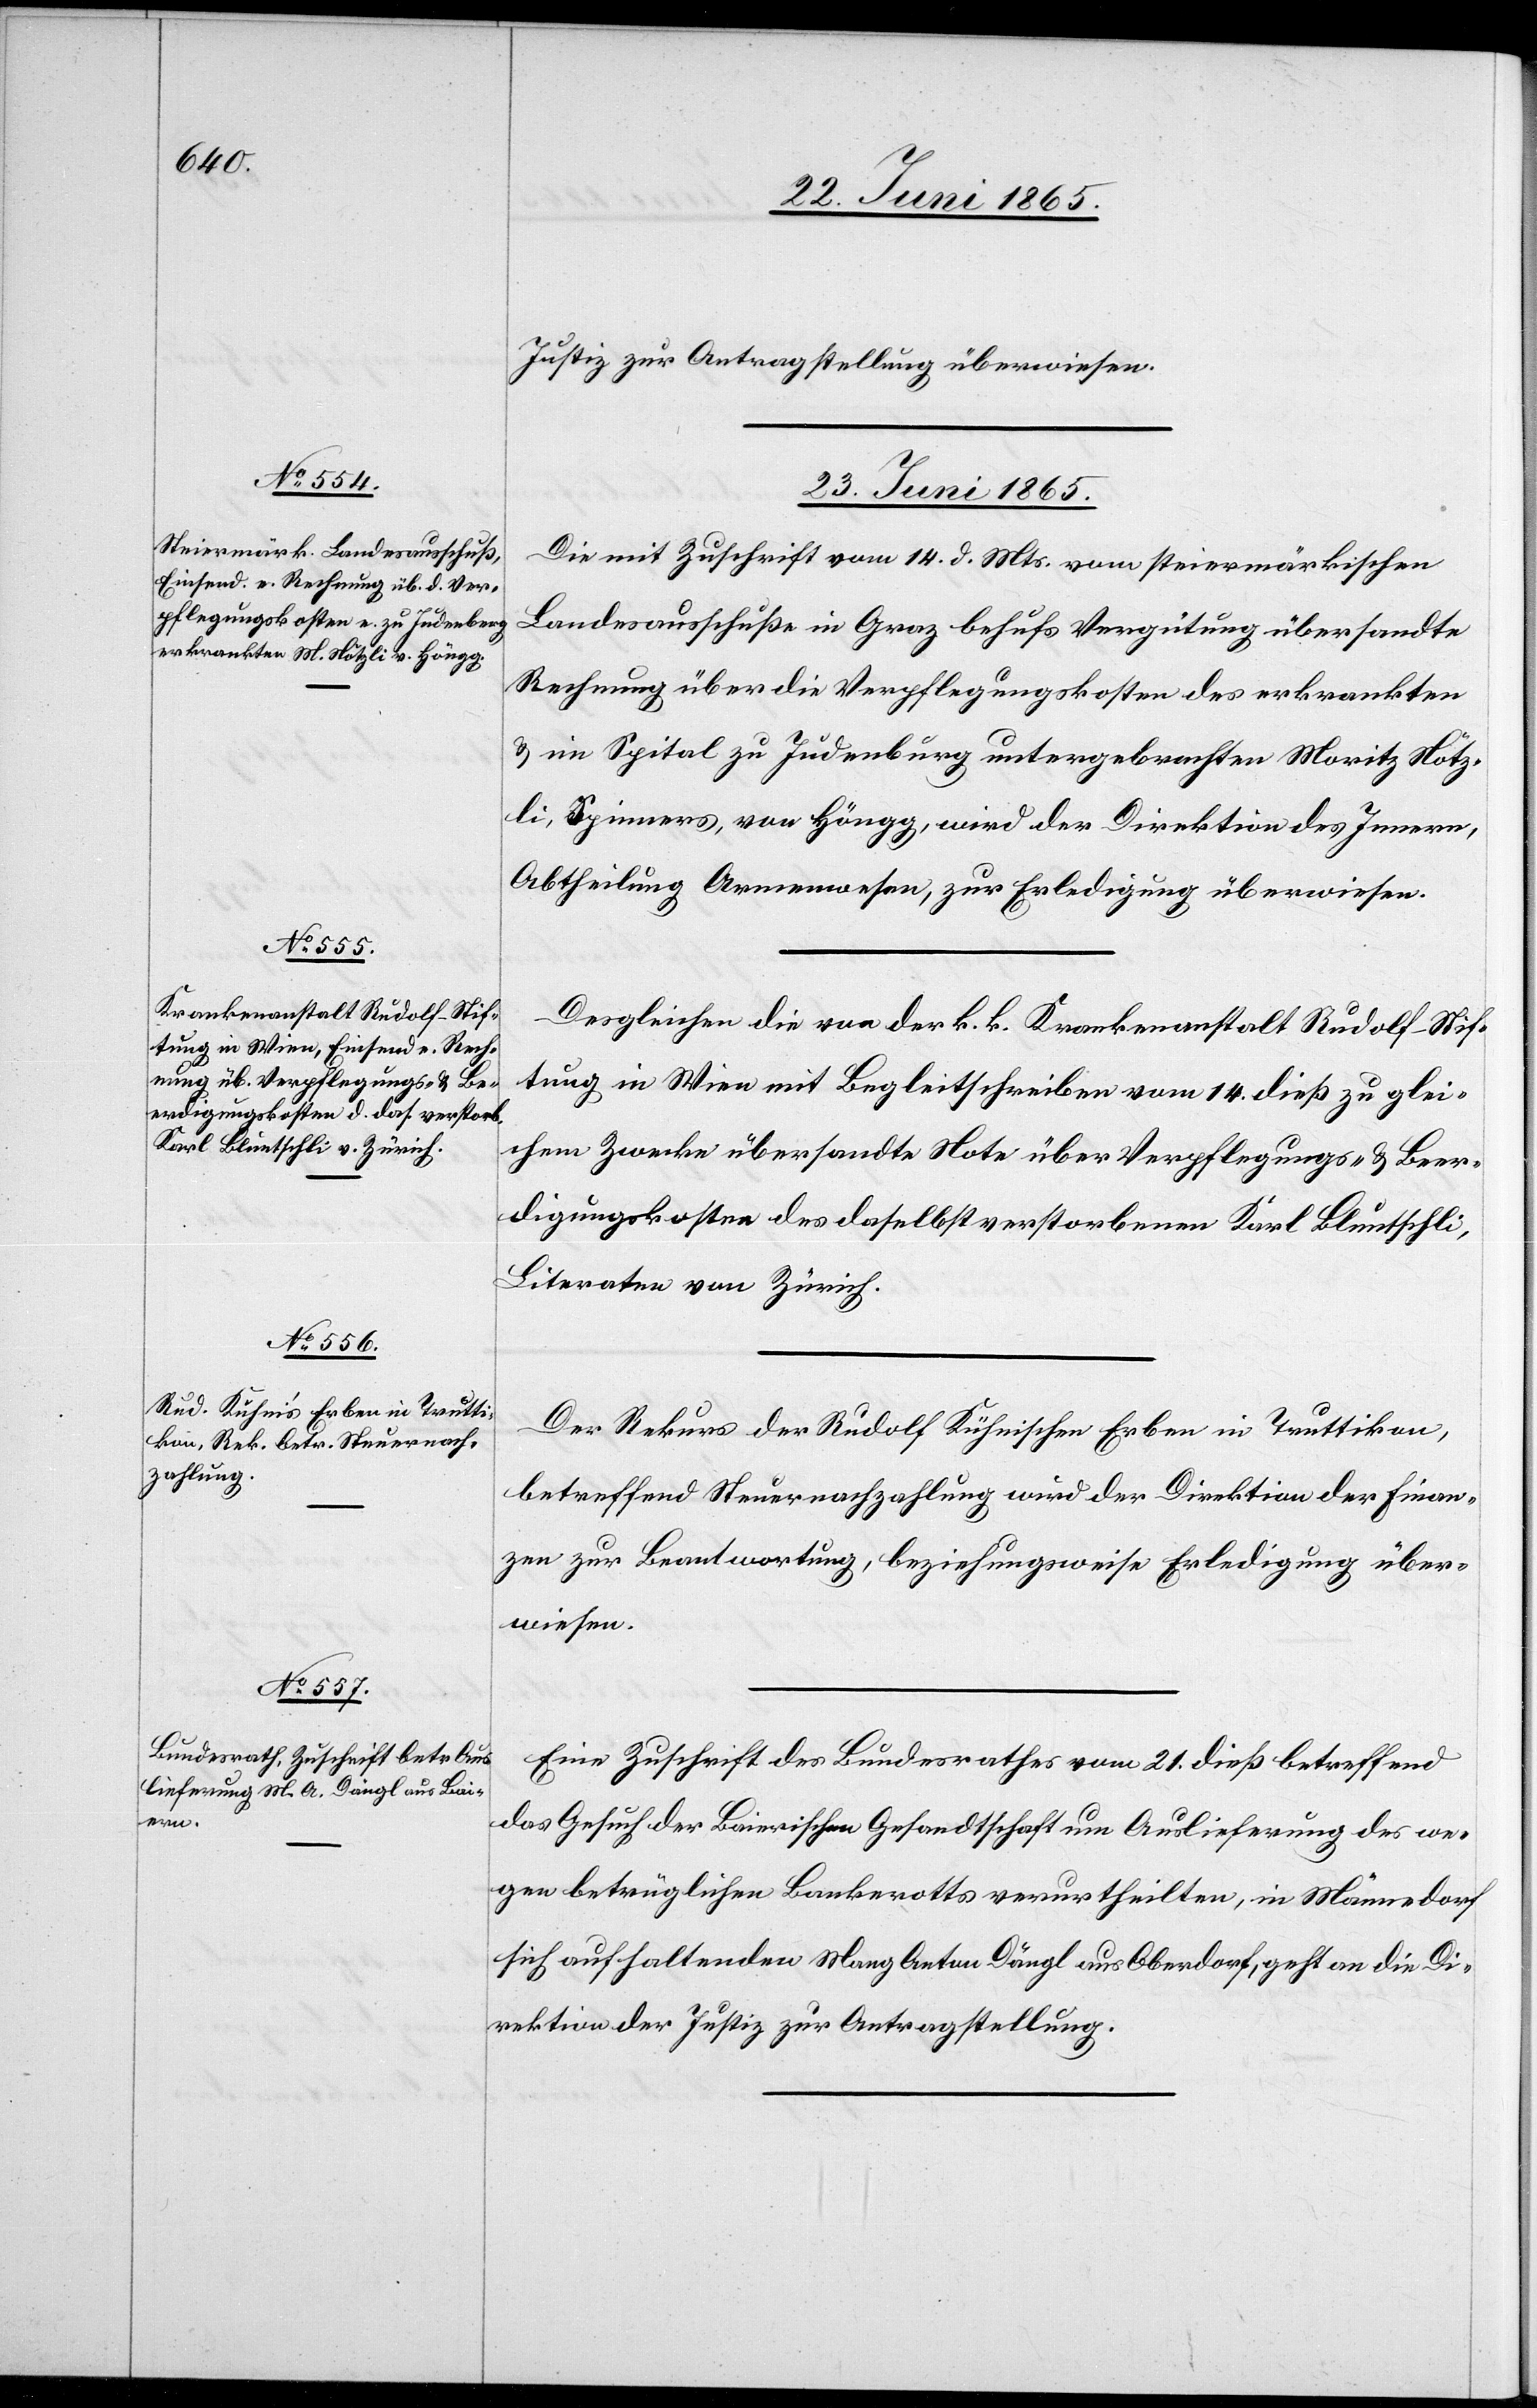
Justiz zur Antragstellung überwiesen.
23. Juni 1865.]
Die mit Zuschrift vom 14. d. Mts. vom steiermärkischen
Landesausschuße in Graz behufs Vergütung übersandte
Rechnung über die Verpflegungskosten des erkrankten
& im Spital zu Judenburg untergebrachten Moritz Nötz¬
li, Spinners, von Höngg, wird der Direktion des Innern,
Abtheilung Armenwesen, zur Erledigung überwiesen.
Desgleichen die von der k. k. Krankenanstalt Rudolf-Stif¬
tung in Wien mit Begleitschreiben vom 14. dieß zu glei¬
chem Zwecke übersandte Note über Verpflegungs- & Beer¬
digungskosten des daselbst verstorbenen Karl Bluntschli,
Literaten von Zürich.
Der Rekurs der Rudolf Kühnischen Erben in Truttikon,
betreffend Steuernachzahlung wird der Direktion der Finan¬
zen zur Beantwortung, beziehungsweise Erledigung über¬
wiesen.
Eine Zuschrift des Bundesrathes vom 21. dieß betreffend
das Gesuch der Baierischen Gesandtschaft um Auslieferung des we¬
gen betrüglichen Bankerotts verurtheilten, in Männedorf
sich aufhaltenden Mang Anton Dängl aus Oberdorf, geht an die Di¬
rektion der Justiz zur Antragstellung.